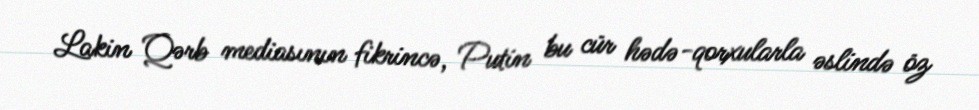
Lakin Qərb mediasının fikrincə, Putin bu cür hədə-qorxularla əslində öz